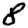
Digit: 8